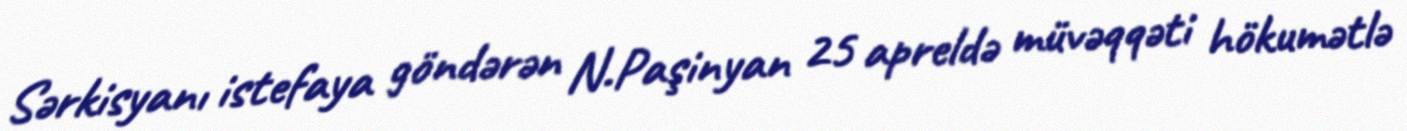
Sərkisyanı istefaya göndərən N.Paşinyan 25 apreldə müvəqqəti hökumətlə